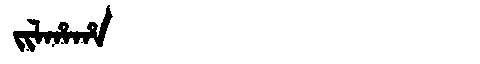
Manchu: ᠵᡳᠯᡥᠠᡥᠠ
Romanization: JILHAHA